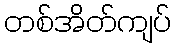
တစ်အိတ်ကျပ်